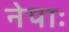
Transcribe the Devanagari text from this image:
नेपाः